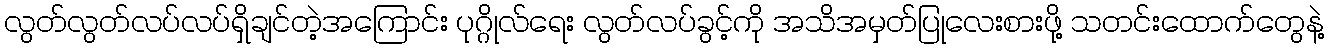
လွတ်လွတ်လပ်လပ်ရှိချင်တဲ့အကြောင်း ပုဂ္ဂိုလ်ရေး လွတ်လပ်ခွင့်ကို အသိအမှတ်ပြုလေးစားဖို့ သတင်းထောက်တွေနဲ့